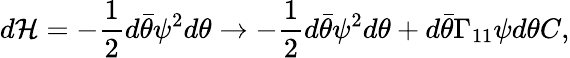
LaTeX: d{\cal H}=-{\frac{1}{2}}d\bar{\theta}\psi^{2}d\theta\rightarrow-{\frac{1}{2}}d\bar{\theta}\psi^{2}d\theta+d\bar{\theta}\Gamma_{11}\psi d\theta C,